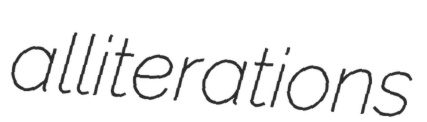
alliterations